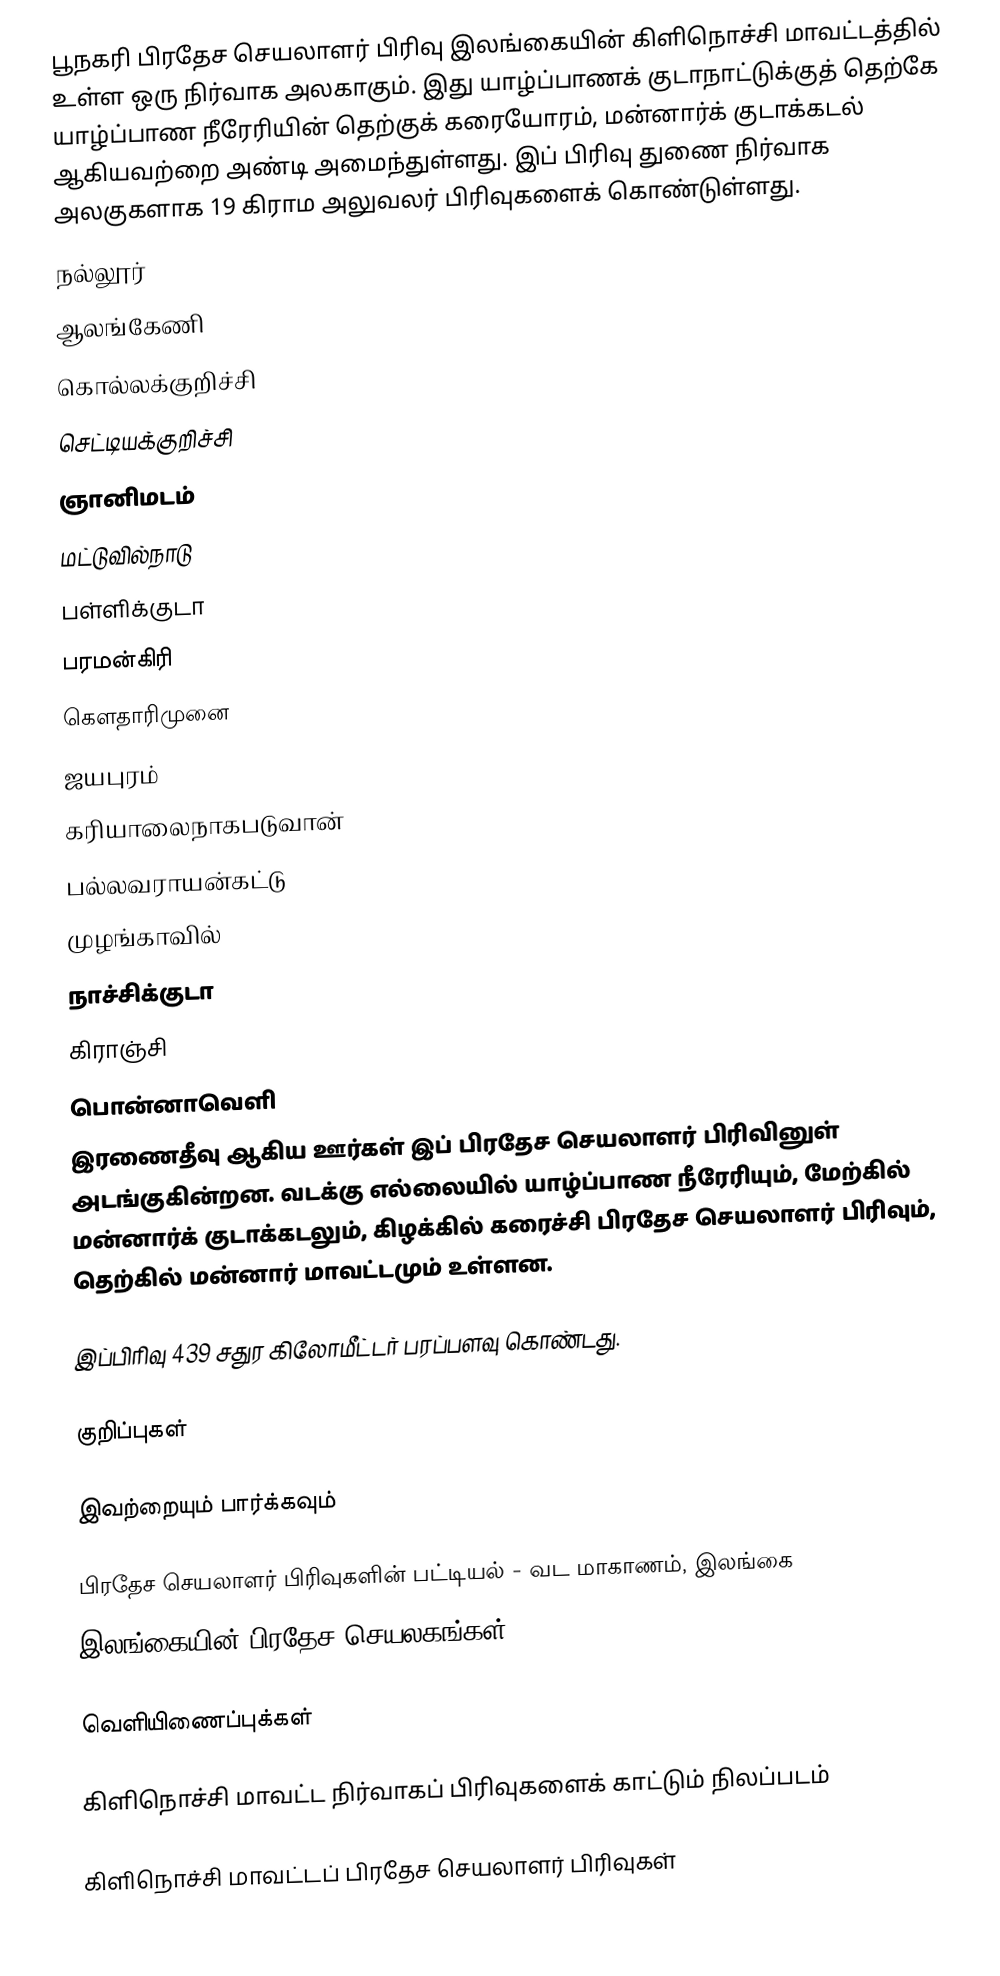
பூநகரி பிரதேச செயலாளர் பிரிவு இலங்கையின் கிளிநொச்சி மாவட்டத்தில் உள்ள ஒரு நிர்வாக அலகாகும். இது யாழ்ப்பாணக் குடாநாட்டுக்குத் தெற்கே யாழ்ப்பாண நீரேரியின் தெற்குக் கரையோரம், மன்னார்க் குடாக்கடல் ஆகியவற்றை அண்டி அமைந்துள்ளது. இப் பிரிவு துணை நிர்வாக அலகுகளாக 19 கிராம அலுவலர் பிரிவுகளைக் கொண்டுள்ளது.
 நல்லூர்
 ஆலங்கேணி
 கொல்லக்குறிச்சி
 செட்டியக்குறிச்சி
 ஞானிமடம்
 மட்டுவில்நாடு
 பள்ளிக்குடா
 பரமன்கிரி
 கௌதாரிமுனை
 ஜயபுரம்
 கரியாலைநாகபடுவான்
 பல்லவராயன்கட்டு
 முழங்காவில்
 நாச்சிக்குடா
 கிராஞ்சி
 பொன்னாவெளி
 இரணைதீவு ஆகிய ஊர்கள் இப் பிரதேச செயலாளர் பிரிவினுள் அடங்குகின்றன. வடக்கு எல்லையில் யாழ்ப்பாண நீரேரியும், மேற்கில் மன்னார்க் குடாக்கடலும், கிழக்கில் கரைச்சி பிரதேச செயலாளர் பிரிவும், தெற்கில் மன்னார் மாவட்டமும் உள்ளன.

இப்பிரிவு 439 சதுர கிலோமீட்டர் பரப்பளவு கொண்டது.

குறிப்புகள்

இவற்றையும் பார்க்கவும்

 பிரதேச செயலாளர் பிரிவுகளின் பட்டியல் - வட மாகாணம், இலங்கை
 இலங்கையின் பிரதேச செயலகங்கள்

வெளியிணைப்புக்கள்

 கிளிநொச்சி மாவட்ட நிர்வாகப் பிரிவுகளைக் காட்டும் நிலப்படம்

கிளிநொச்சி மாவட்டப் பிரதேச செயலாளர் பிரிவுகள்